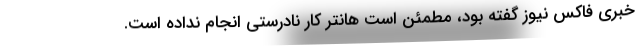
خبری فاکس نیوز گفته بود، مطمئن است هانتر کار نادرستی انجام نداده است.